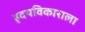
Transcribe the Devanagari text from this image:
हृदयविकाराला